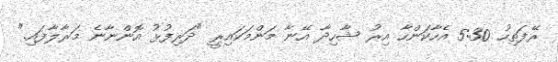
ރޭފަތިހު 5:30 އެހާކަންހާ އިރު ޝާހިދާ އޭނާ މަންމަކައިރީ "ދަރިފުޅު އޮންނާނެ މަރާލާފައި."